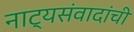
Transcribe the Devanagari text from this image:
नाट्यसंवादांची